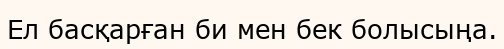
Ел басқарған би мен бек болысыңа.